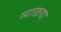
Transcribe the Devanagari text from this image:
व्याखया